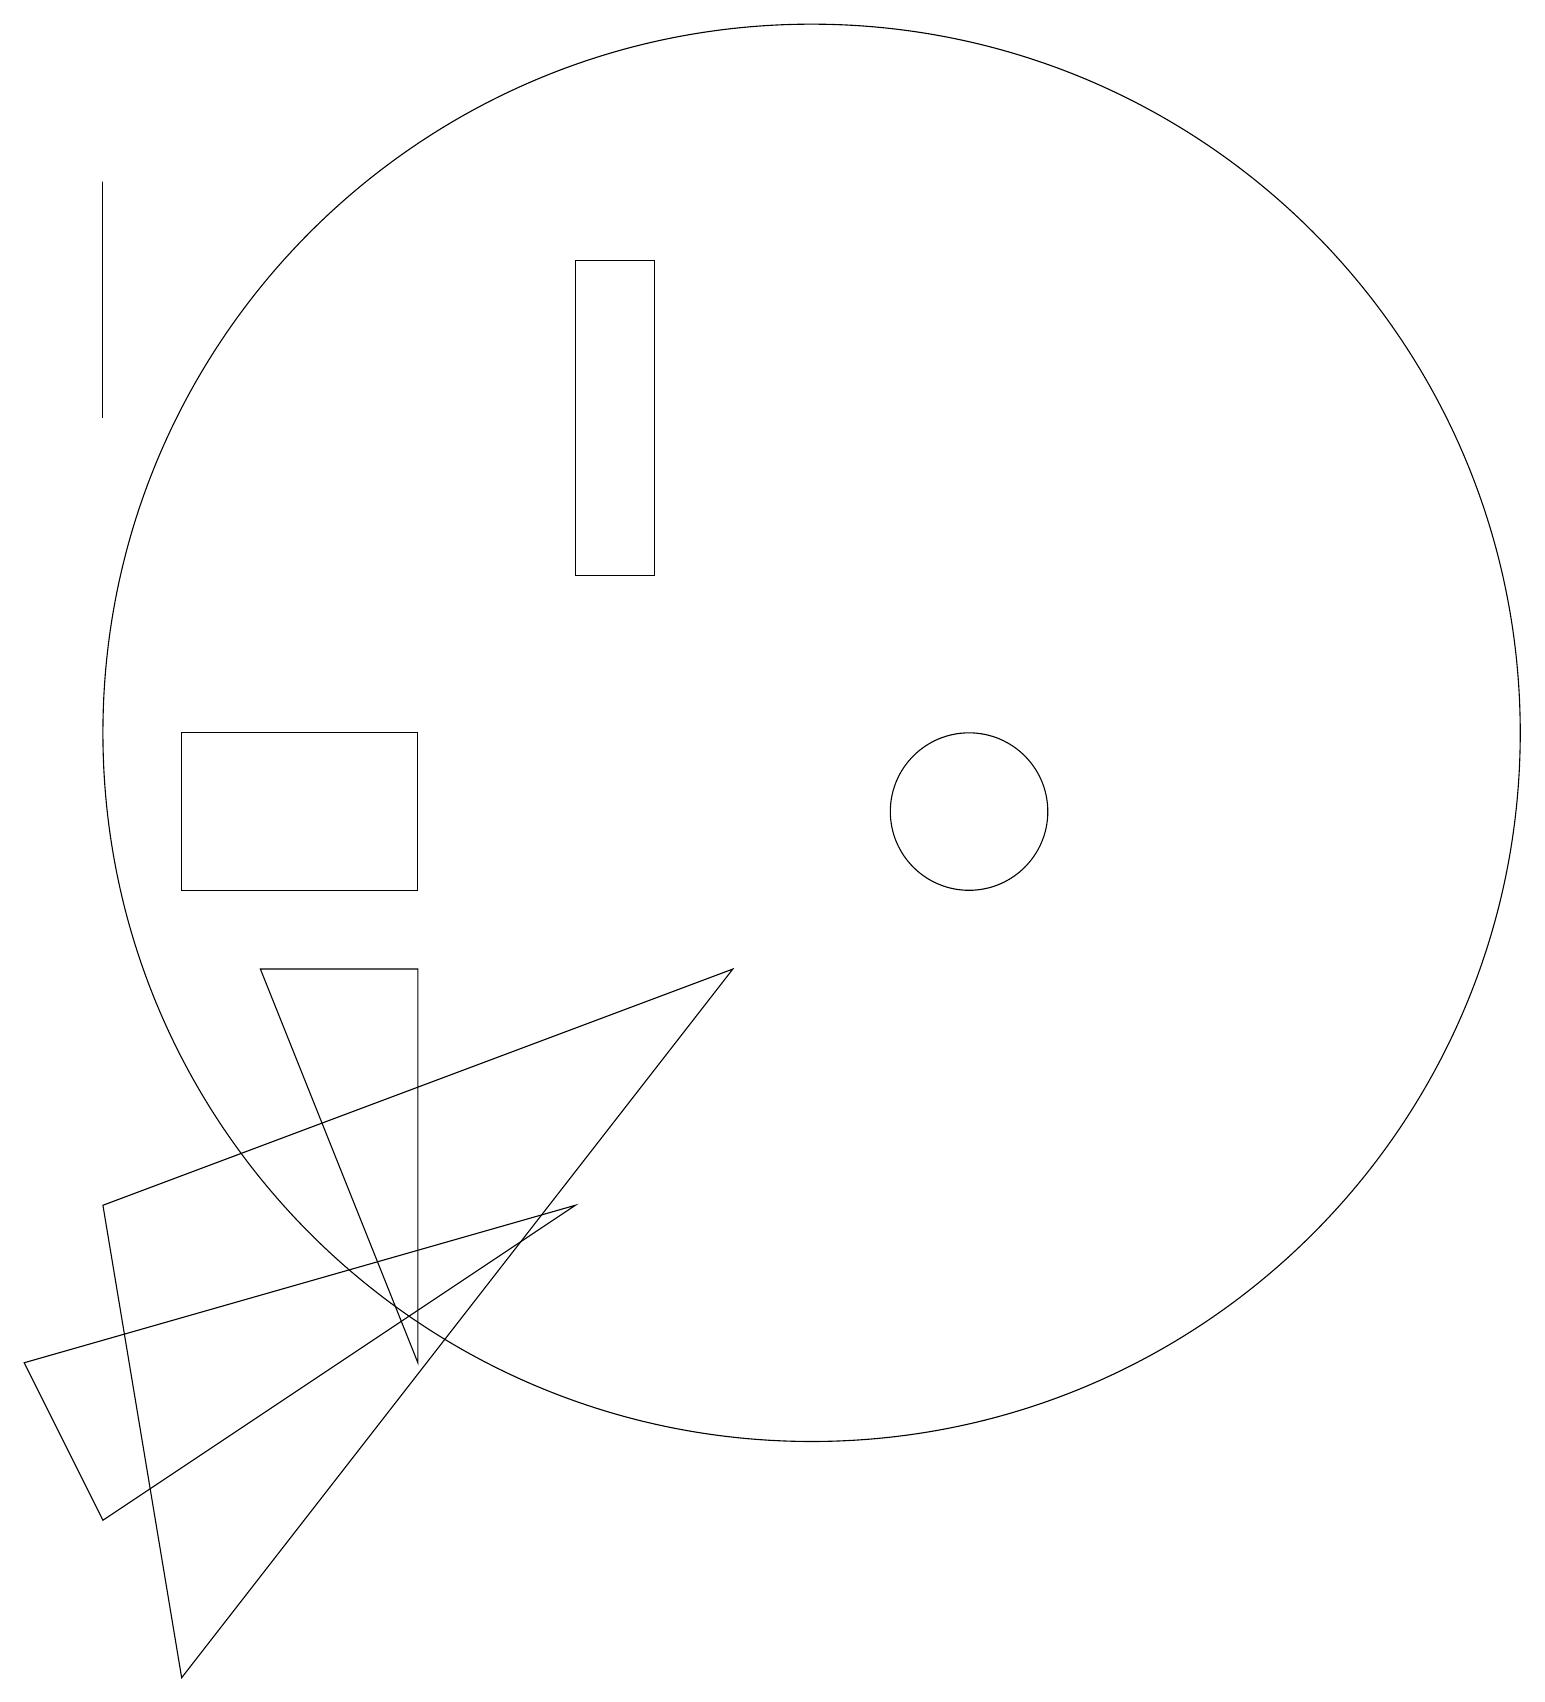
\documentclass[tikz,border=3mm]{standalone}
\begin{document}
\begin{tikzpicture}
\draw (12,11) circle (1);
\draw (10,12) circle (9);
\draw (8,14) rectangle (7,18);
\draw (5,10) rectangle (2,12);
\draw (3,9) -- (5,9) -- (5,4) -- cycle;
\draw (1,2) -- (0,4) -- (7,6) -- cycle;
\draw (1,19) rectangle (1,16);
\draw (1,6) -- (9,9) -- (2,0) -- cycle;
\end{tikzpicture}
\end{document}